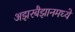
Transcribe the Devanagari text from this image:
अझरबैझानमध्ये